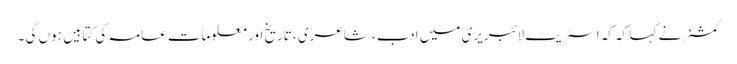
کمشنر نے کہا کہ کہ اسٹریٹ لائبریری میں ادب، شاعری ، تاریخ اور معلومات عامہ کی کتابیں ہوں گی ۔